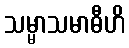
သမ္မာသမာဓီဟိ